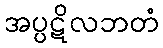
အပ္ပဋိလဘတံ